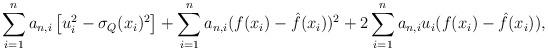
LaTeX: \begin{align*}\sum_{i=1}^n a_{n,i}\left[u_i^2-\sigma_Q(x_i)^2\right]+\sum_{i=1}^n a_{n,i}(f(x_i)-\hat f(x_i))^2+2\sum_{i=1}^n a_{n,i} u_i(f(x_i)-\hat f(x_i)),\end{align*}